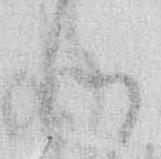
つ